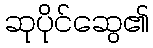
ဆုပိုင်ဆွေ၏